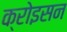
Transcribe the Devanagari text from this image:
क्रोइसन